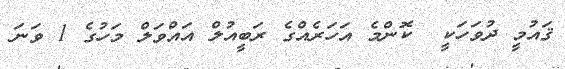
ޤައުމީ ދުވަހަކީ  ކޮންމެ އަހަރެއްގެ ރަބީއުލް އައްވަލް މަހުގެ 1 ވަނަ